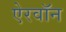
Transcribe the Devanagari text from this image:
ऐरवॉन